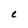
Character: C